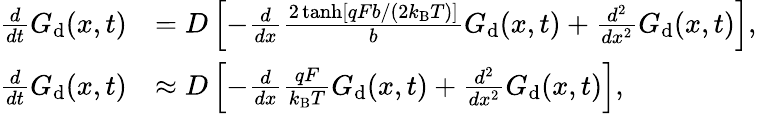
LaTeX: \begin{array}{rl}{\frac{d}{dt}G_{\mathrm{d}}(x,t)}&{=D\left[-\frac{d}{dx}\frac{2\operatorname{tanh}[qFb/(2k_{\mathrm{B}}T)]}{b}G_{\mathrm{d}}(x,t)+\frac{d^{2}}{dx^{2}}G_{\mathrm{d}}(x,t)\right],}\\ {\frac{d}{dt}G_{\mathrm{d}}(x,t)}&{\approx D\left[-\frac{d}{dx}\frac{qF}{k_{\mathrm{B}}T}G_{\mathrm{d}}(x,t)+\frac{d^{2}}{dx^{2}}G_{\mathrm{d}}(x,t)\right],}\end{array}